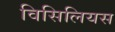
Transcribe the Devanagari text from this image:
विसिलियस